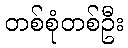
တစ်စုံတစ်ဦး